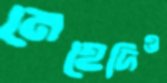
মেহেদিও